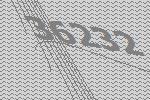
36232